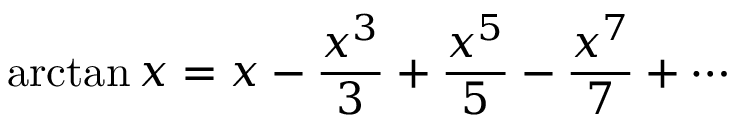
\arctan x = x - { \frac { x ^ { 3 } } { 3 } } + { \frac { x ^ { 5 } } { 5 } } - { \frac { x ^ { 7 } } { 7 } } + \cdots